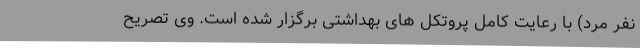
نفر مرد) با رعایت کامل پروتکل های بهداشتی برگزار شده است. وی تصریح